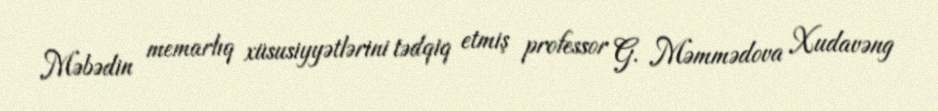
Məbədin memarlıq xüsusiyyətlərini tədqiq etmiş professor G. Məmmədova Xudavəng